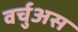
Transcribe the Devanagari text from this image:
वर्चुअस